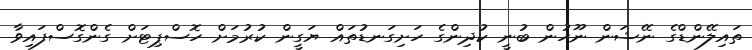
ތައިލޭންޑްގެ ނޭޝަން ނޫހުން ބުނީ ކުދިންގެ ހަށިގަނޑުތައް ޔަގީން ކުރުމަށް ހޮސްޕިޓަށް ގެންގޮސްފައިވާ